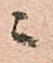
ニ